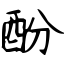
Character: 酚